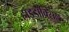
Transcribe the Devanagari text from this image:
हाइडॉक्सिल